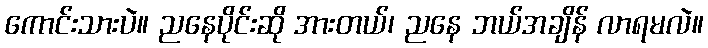
ကောင်းသားပဲ။ ညနေပိုင်းဆို အားတယ်၊ ညနေ ဘယ်အချိန် လာရမလဲ။